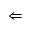
\Leftarrow